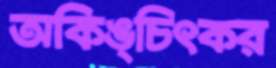
অকিঙ্চিৎকর